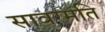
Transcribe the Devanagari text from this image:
सावरमति